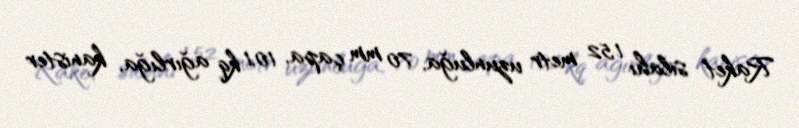
Raket silahı 1,52 metr uzunluğa, 70 mm çapa, 10,1 kq ağırlığa, kanister